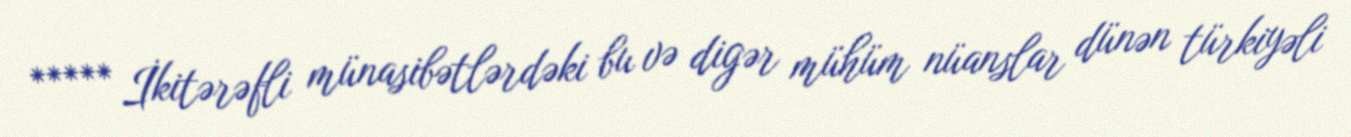
***** İkitərəfli münasibətlərdəki bu və digər mühüm nüanslar dünən türkiyəli